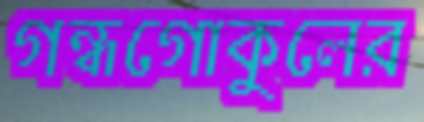
গন্ধগোকুলের